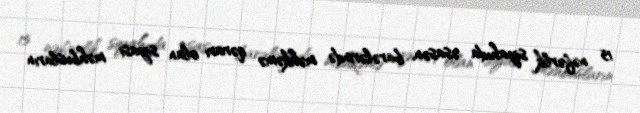
15 nəfərlik siyahıda əsasən, barələrində məhkəmə qərarı olan siyasi məhbusların